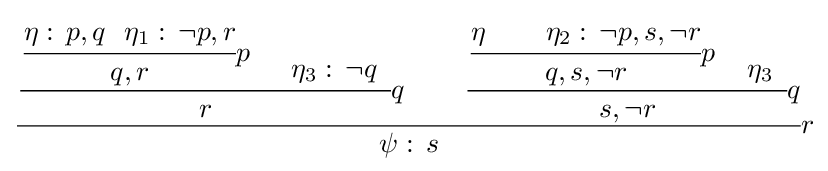
{\cfrac {{\cfrac {{\cfrac {\eta :\,p,q\,\,\,\,\eta _{1}:\,\neg p,r}{q,r}}p\,\,\,\,\,\,{\begin{array}{c}\\\eta _{3}:\,\neg q\end{array}}}{r}}q\,\,\,\,\,\,\,\,\,\,\,\,\,{\cfrac {{\cfrac {\eta \,\,\,\,\,\,\,\,\,\,\,\,\,\eta _{2}:\,\neg p,s,\neg r}{q,s,\neg r}}p\,\,\,\,{\begin{array}{c}\\\eta _{3}\end{array}}}{s,\neg r}}q}{\psi :\,s}}r